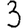
Digit: 3